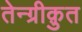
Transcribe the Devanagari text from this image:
तेन्ग्रीक़ुत